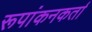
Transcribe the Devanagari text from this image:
रूपांकनकर्ता